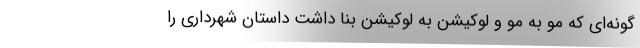
گونه‌ای که مو به مو و لوکیشن به لوکیشن بنا داشت داستان شهرداری را